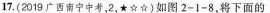
17.(2019广西南宁中考，2，★☆☆)如图2-1-8，将下面的